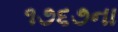
૧૭૬૭ના